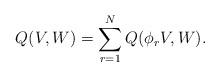
LaTeX: \begin{align*} Q(V,W) = \sum_{r=1}^N Q(\phi_r V, W).\end{align*}